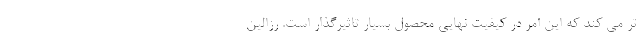
تر می کند که این امر در کیفیت نهایی محصول بسیار تاثیرگذار است. رزالین